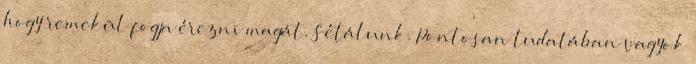
hogy remekül fogja érezni magát. Sétálunk. Pontosan tudatában vagyok